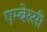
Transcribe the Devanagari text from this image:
एम्बेस्सी